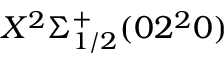
X ^ { 2 } \Sigma _ { 1 / 2 } ^ { + } ( 0 2 ^ { 2 } 0 )